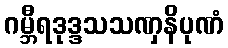
ဂမ္ဘီရဒုဒ္ဒသသဏှနိပုဏံ